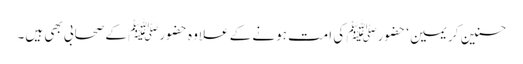
حسنین کریمین‘ حضورﷺ کی امت ہونے کے علاوہ حضورﷺ کے صحابی بھی ہیں۔